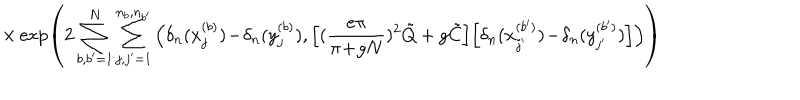
LaTeX: \times \exp \left( 2 \sum _ { b , b ^ { \prime } = 1 } ^ { N } \sum _ { j , j ^ { \prime } = 1 } ^ { n _ { b } , n _ { b ^ { \prime } } } \Big ( \delta _ { n } ( x _ { j } ^ { ( b ) } ) \! - \! \delta _ { n } ( y _ { j } ^ { ( b ) } ) , \Big [ ( \frac { e \pi } { \pi \! + \! g N } ) ^ { 2 } \tilde { Q } + g \tilde { C } \Big ] \Big [ \delta _ { n } ( x _ { j ^ { \prime } } ^ { ( b ^ { \prime } ) } ) \! - \! \delta _ { n } ( y _ { j ^ { \prime } } ^ { ( b ^ { \prime } ) } ) \Big ] \Big ) \right)